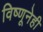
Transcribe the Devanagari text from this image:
विष्णूनेही